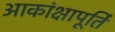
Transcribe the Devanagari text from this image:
आकांक्षापूर्ति